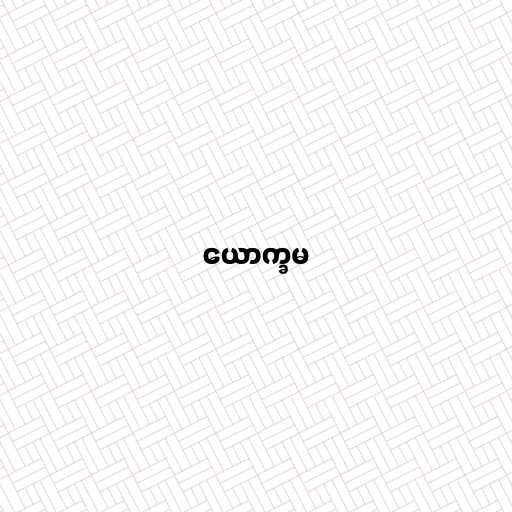
ယောက္ခမ